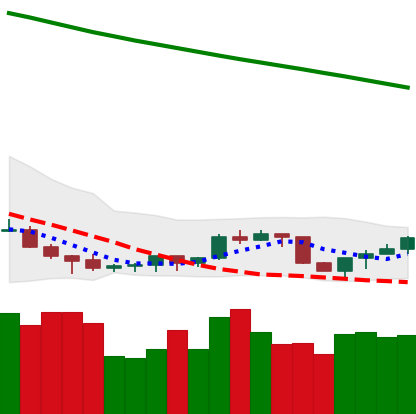
Ticker: NEO-USD
Chart end date: 2022-07-16
Forward return: 6.767%
Label: up_5_7